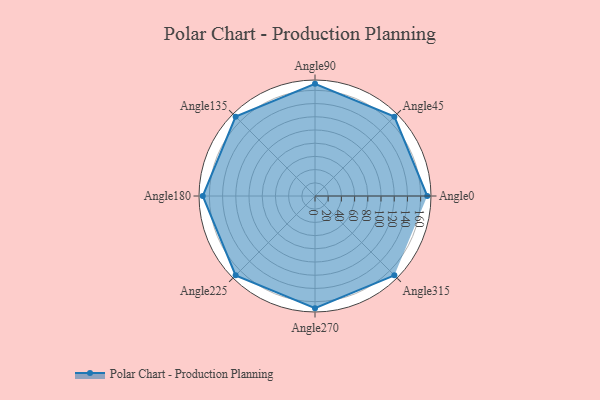
{"axis": {"x": "Angle", "y": "Radius"}, "legend": [""], "data": [{"x": "Angle0", "y": 170, "type": ""}, {"x": "Angle45", "y": 170, "type": ""}, {"x": "Angle90", "y": 170, "type": ""}, {"x": "Angle135", "y": 170, "type": ""}, {"x": "Angle180", "y": 170, "type": ""}, {"x": "Angle225", "y": 170, "type": ""}, {"x": "Angle270", "y": 170, "type": ""}, {"x": "Angle315", "y": 170, "type": ""}]}